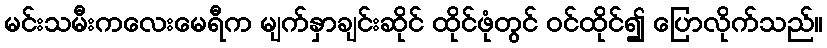
မင်းသမီးကလေးမေရီက မျက်နှာချင်းဆိုင် ထိုင်ဖုံတွင် ဝင်ထိုင်၍ ပြောလိုက်သည်။